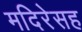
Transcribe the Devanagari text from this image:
मदिरेसह